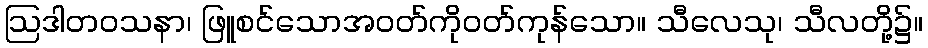
ဩဒါတဝသနာ၊ ဖြူစင်သောအဝတ်ကိုဝတ်ကုန်သော။ သီလေသု၊ သီလတို့၌။